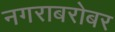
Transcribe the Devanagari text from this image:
नगराबरोबर